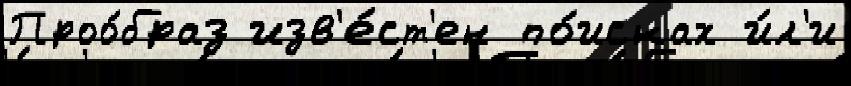
Проо́браз изв'е́ст'ен по́исках и́л'и